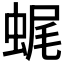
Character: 𧋦